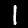
Label: 1